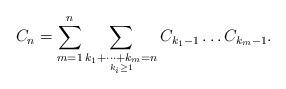
LaTeX: \begin{align*}C_{n}=\sum_{m=1}^{n}\sum_{\underset{k_{i}\ge1}{k_{1}+\dots+k_{m}=n}}C_{k_{1}-1}\dots C_{k_{m}-1}.\end{align*}